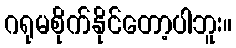
ဂရုမစိုက်နိုင်တော့ပါဘူး။